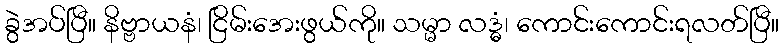
ခွဲအပ်ပြီ။ နိဗ္ဗာယနံ၊ ငြိမ်းအေးဖွယ်ကို။ သမ္မာ လဒ္ဓံ၊ ကောင်းကောင်းရလတ်ပြီ။